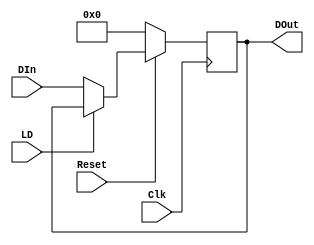
`default_nettype none

// --------------------------------------------------------------------------
// Standard register with Load and Reset.
// --------------------------------------------------------------------------

module Register
#(
    parameter DataWidth = 8)
(
    input wire Clk,
    input wire Reset,                // Active Low
    input wire LD,                   // Load: Active Low
    input wire [DataWidth-1:0] DIn,  // Input
    output reg [DataWidth-1:0] DOut  // Output
);

always @(negedge Clk) begin
    if (~Reset)
        DOut <= {DataWidth{1'b0}};
    else if (~LD) begin
        `ifdef SIMULATE
            $display("%d Register Load: (%b) %h", $stime, DIn, DIn);
        `endif
        DOut <= DIn;
    end
end

endmodule